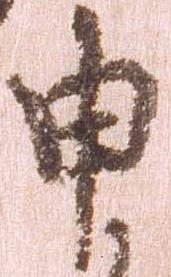
申